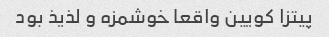
پیتزا کویین واقعا خوشمزه و لذیذ بود